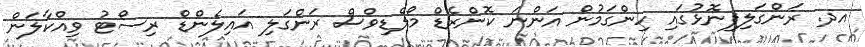
އދ. ރަންގަލިފިނޮޅުގައި ހިންގަމުން އަންނަ ކޮންރެޑް މޯލްޑިވްސް ރަންގަލި އައިލެންޑް ރިސޯޓު ވިއްކާލަން